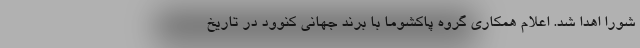
شورا اهدا شد. اعلام همکاری گروه پاکشوما با برند جهانی کنوود در تاریخ